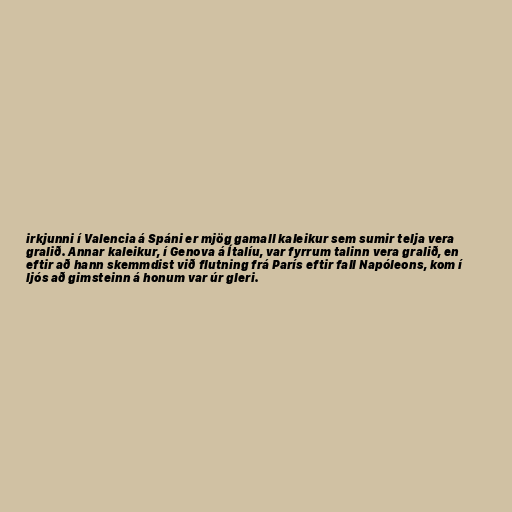
irkjunni í Valencia á Spáni er mjög gamall kaleikur sem sumir telja vera
gralið. Annar kaleikur, í Genova á Ítalíu, var fyrrum talinn vera gralið, en
eftir að hann skemmdist við flutning frá París eftir fall Napóleons, kom í
ljós að gimsteinn á honum var úr gleri.